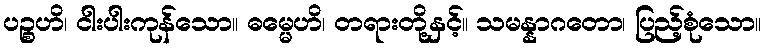
ပဉ္စဟိ၊ ငါးပါးကုန်သော။ ဓမ္မေဟိ၊ တရားတို့နှင့်။ သမန္နာဂတော၊ ပြည့်စုံသော။